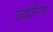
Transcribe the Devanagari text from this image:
उद्धरिता